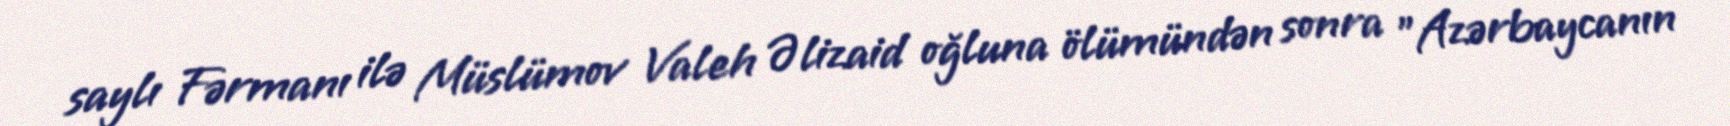
saylı Fərmanı ilə Müslümov Valeh Əlizaid oğluna ölümündən sonra "Azərbaycanın